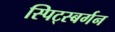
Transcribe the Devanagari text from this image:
स्पिट्स्बर्गन